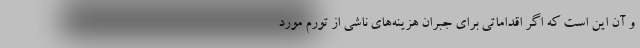
و آن این است که اگر اقداماتی برای جبران هزینه‌های ناشی از تورم مورد